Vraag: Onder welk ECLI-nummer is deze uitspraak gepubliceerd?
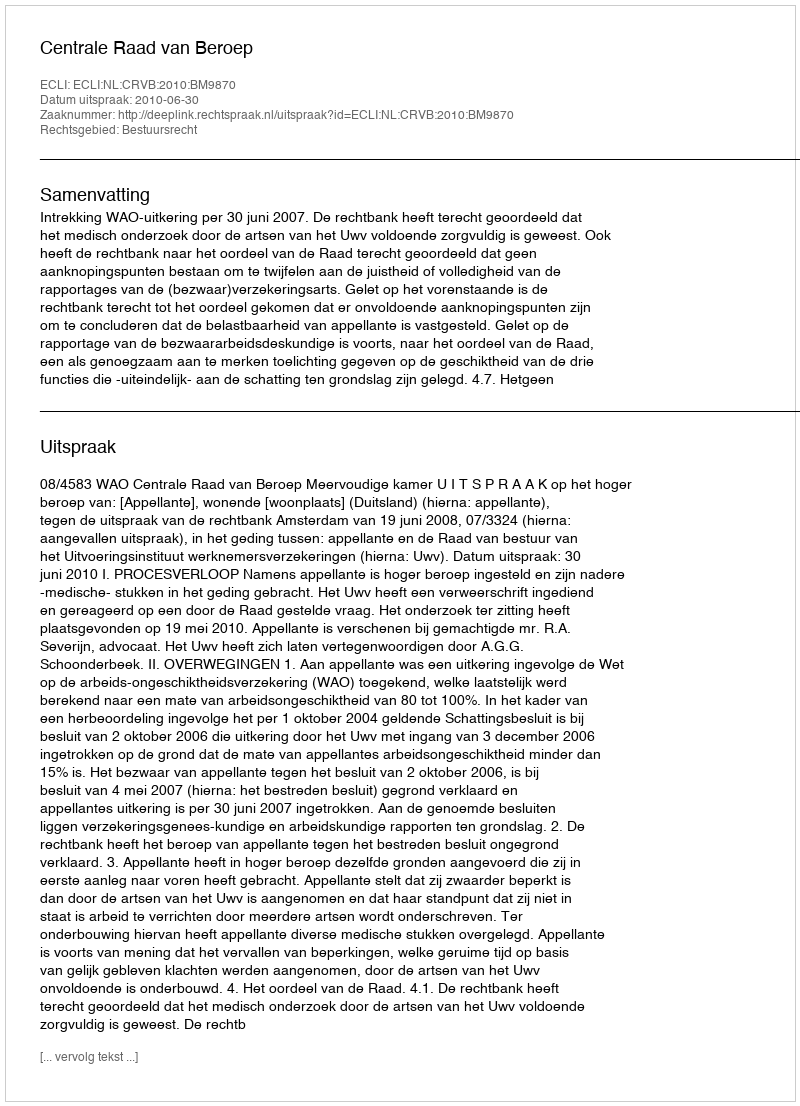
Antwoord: ECLI:NL:CRVB:2010:BM9870